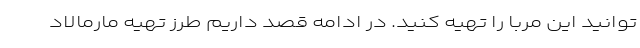
توانید این مربا را تهیه کنید. در ادامه قصد داریم طرز تهیه مارمالاد